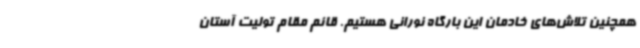
همچنین تلاش‌های خادمان این بارگاه نورانی هستیم. قائم‌ مقام تولیت آستان